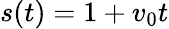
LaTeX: s(t)=1+v_{0}t